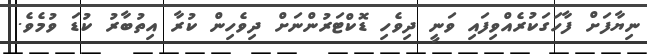
ނިޔާފަށް ފާހަގަކުރެއްވިފައި ވަނީ ދިވެހި ޑޮކްޓަރުންނަށް ދިވެހިން ކުރާ އިތުބާރު ކުޑަ ވުމެވެ.